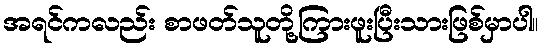
အရင်ကလည်း စာဖတ်သူတို့ကြားဖူးပြီးသားဖြစ်မှာပါ။